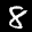
Label: 8